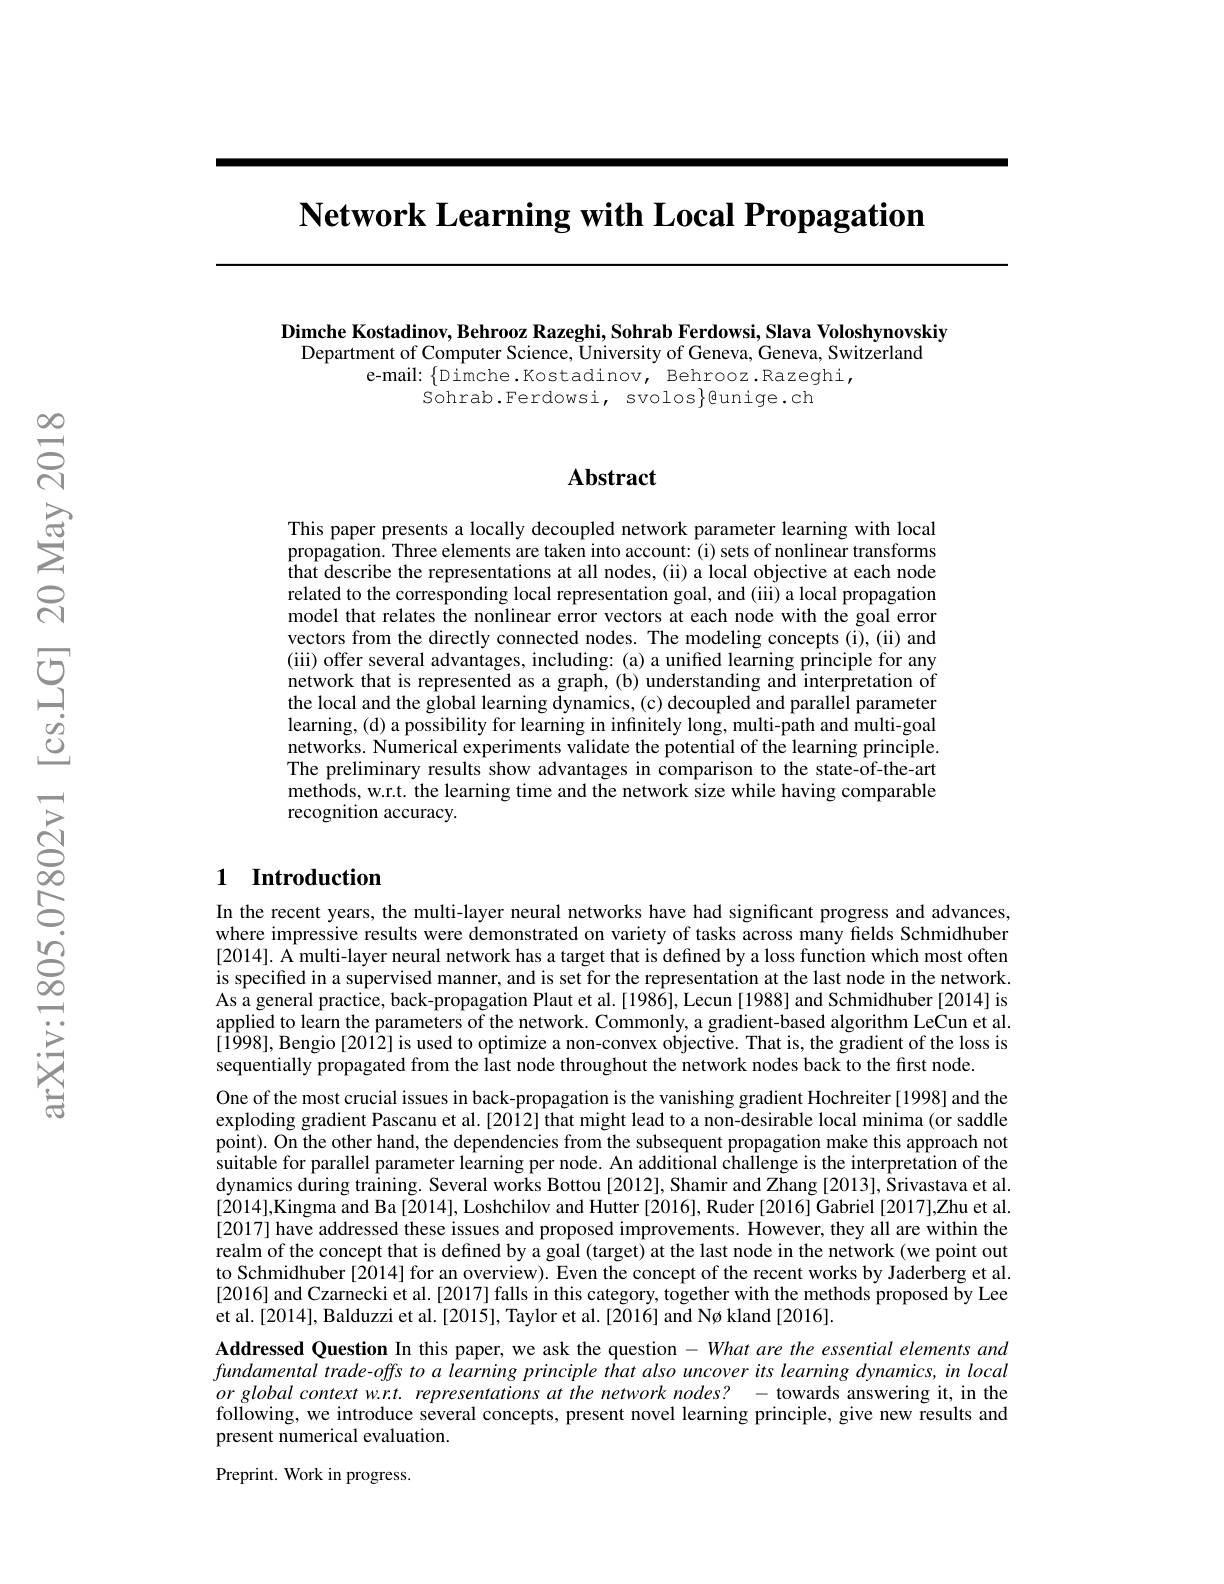
$\textbf{Network Learning with Local Propagation}$

Dimche Kostadinov, Behrooz Razeghi, Sohrab Ferdowsi, Slava Voloshynovskiy
Department of Computer Science, University of Geneva, Geneva, Switzerland
e-mail: $\{$Dimche.Kostadinov, Behrooz.Razeghi,
Sohrab.Ferdowsi, svolos}gunige.ch

### $\mathbf{Abstract}$

This paper presents a locally decoupled network parameter learning with local propagation. Three elements are taken into account: (i) sets of nonlinear transforms that describe the representations at all nodes, (ii) a local objective at each node related to the corresponding local representation goal, and (iii) a local propagation model that relates the nonlinear error vectors at each node with the goal error vectors from the directly connected nodes. The modeling concepts(i),(ii) and (iii) offer several advantages, including: (a) a unified learning principle for any network that is represented as a graph,(b) understanding and interpretation of the local and the global learning dynamics, (c) decoupled and parallel parameter learning, (d) a possibility for learning in infinitely long, multi-path and multi-goal networks. Numerical experiments validate the potential of the learning principle. The preliminary results show advantages in comparison to the state-of-the-art methods, w.r.t. the learning time and the network size while having comparable recognition accuracy.

### 1 Introduction

In the recent years, the multi-layer neural networks have had significant progress and advances, where impressive results were demonstrated on variety of tasks across many fields Schmidhuber [2014]. Å multi-layer neural network has a target that is defined by a loss function which most often is specified in a supervised manner, and is set for the representation at the last node in the network. As a general practice, back-propagation Plaut et al.[1986], Lecun [1988] and Schmidhuber[2014] is applied to learn the parameters of the network. Commonly, a gradient-based algorithm LeCun et al. [1998], Bengio[2012] is used to optimize a non-convex objective. That is, the gradient of the loss is sequentially propagated from the last node throughout the network nodes back to the first node.
One of the most crucial issues in back-propagation is the vanishing gradient Hochreiter [1998] and the exploding gradient Pascanu et al.[2012] that might lead to a non-desirable local minima (or saddle point). On the other hand, the dependencies from the subsequent propagation make this approach not suitable for parallel parameter learning per node. An additional challenge is the interpretation of the dynamics during training. Several works Bottou [2012], Shamir and Zhang [2013], Srivastava et al. [2014],Kingma and Ba[2014], Loshchilov and Hutter [2016], Ruder [2016] Gabriel [2017],Zhu et al. [2017] have addressed these issues and proposed improvements. However, they all are within the realm of the concept that is defined by a goal (target) at the last node in the network (we point out to Schmidhuber [2014] for an overview). Even the concept of the recent works by Jaderberg et al. [2016] and Czarnecki et al. [2017] falls in this category, together with the methods proposed by Lee et al.[2014], Balduzzi et al.[2015], Taylor et al.[2016] and Nø kland [2016].
Addressed Question In this paper, we ask the question $-What$ are the essential elements and

fundamental trade-offs to a learning principle that also uncover its learning dynamics, in local $orglobalcontextw.r.representationsatthenetworknodes?-$towards answering it, in the following, we introduce several concepts, present novel learning principle, give new results and present numerical evaluation.

Preprint. Work in progress.